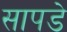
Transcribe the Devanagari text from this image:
सापडे